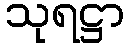
သုရဋ္ဌာ